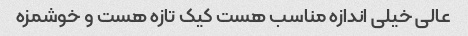
عالی خیلی اندازه مناسب هست کیک تازه هست و خوشمزه